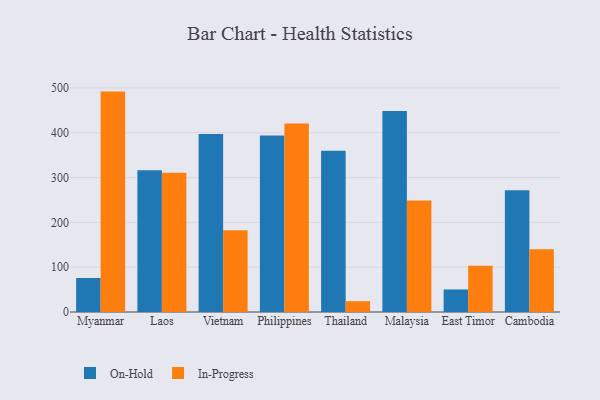
{"axis": {"x": "Country", "y": "Revenue (USD Million)"}, "legend": ["In-Progress", "On-Hold"], "data": [{"x": "Myanmar", "y": 75.9, "type": "On-Hold"}, {"x": "Myanmar", "y": 491.9, "type": "In-Progress"}, {"x": "Laos", "y": 316.6, "type": "On-Hold"}, {"x": "Laos", "y": 310.6, "type": "In-Progress"}, {"x": "Vietnam", "y": 397.0, "type": "On-Hold"}, {"x": "Vietnam", "y": 182.4, "type": "In-Progress"}, {"x": "Philippines", "y": 394.0, "type": "On-Hold"}, {"x": "Philippines", "y": 420.5, "type": "In-Progress"}, {"x": "Thailand", "y": 360.0, "type": "On-Hold"}, {"x": "Thailand", "y": 24.1, "type": "In-Progress"}, {"x": "Malaysia", "y": 448.4, "type": "On-Hold"}, {"x": "Malaysia", "y": 248.9, "type": "In-Progress"}, {"x": "East Timor", "y": 50.3, "type": "On-Hold"}, {"x": "East Timor", "y": 103.5, "type": "In-Progress"}, {"x": "Cambodia", "y": 271.5, "type": "On-Hold"}, {"x": "Cambodia", "y": 139.8, "type": "In-Progress"}]}